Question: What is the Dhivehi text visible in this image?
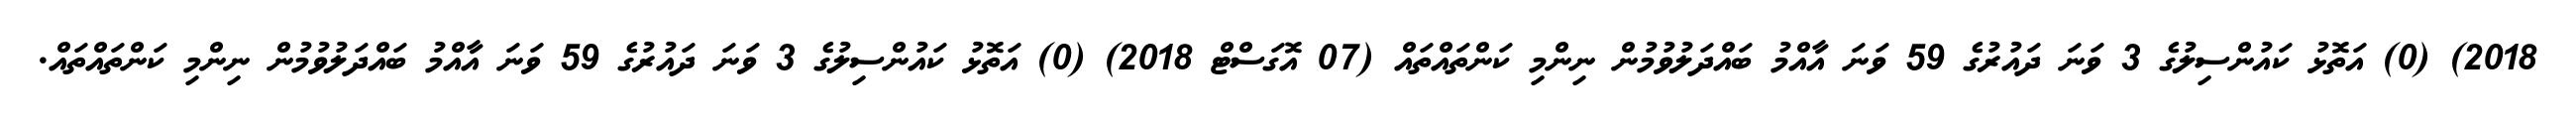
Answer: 2018) (0) އަތޮޅު ކައުންސިލުގެ 3 ވަނަ ދައުރުގެ 59 ވަނަ އާއްމު ބައްދަލުވުމުން ނިންމި ކަންތައްތައް (07 އޮގަސްޓް 2018) (0) އަތޮޅު ކައުންސިލުގެ 3 ވަނަ ދައުރުގެ 59 ވަނަ އާއްމު ބައްދަލުވުމުން ނިންމި ކަންތައްތައް.